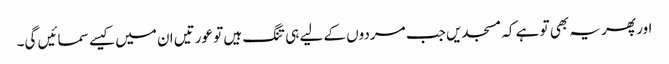
اور پھر یہ بھی تو ہے کہ مسجدیں جب مردوں کے لیے ہی تنگ ہیں تو عورتیں ان میں کیسے سمائیں گی۔